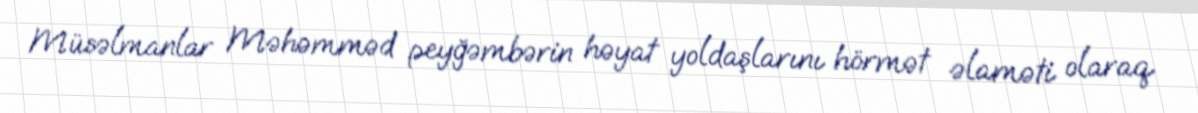
Müsəlmanlar Məhəmməd peyğəmbərin həyat yoldaşlarını hörmət əlaməti olaraq